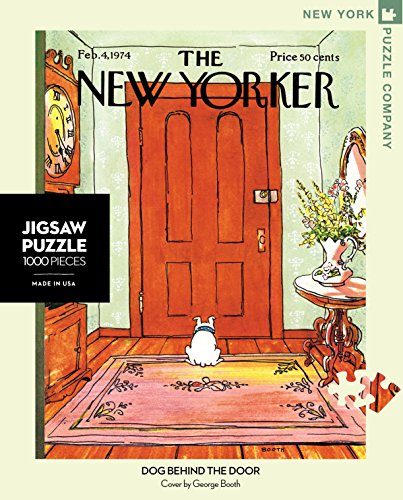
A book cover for New Yorker Dog Behind the Door 1000 Pieces Jigsaw Puzzle; Teen & Young Adult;